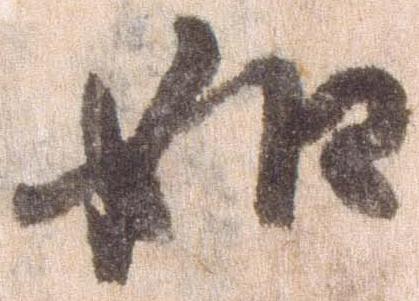
如